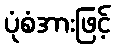
ပုံစံအားဖြင့်